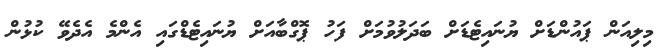
މިލިއަން ޕައުންޑަށް ޔުނައިޓެޑަށް ބަދަލުވުމަށް ފަހު ޕޮގްބާއަށް ޔުނައިޓެޑްގައި އެންމެ އެދެވޭ ކުޅުން